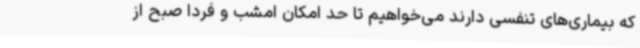
که بیماری‌های تنفسی دارند می‌خواهیم تا حد امکان امشب و فردا صبح از